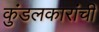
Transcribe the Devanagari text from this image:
कुंडलकारांची